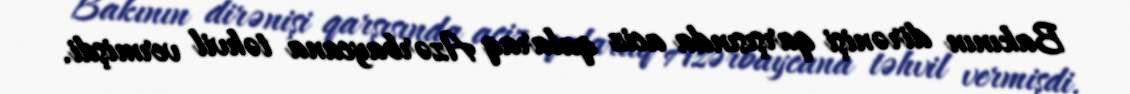
Bakının dirənişi qarşısında aciz qalaraq Azərbaycana təhvil vermişdi.